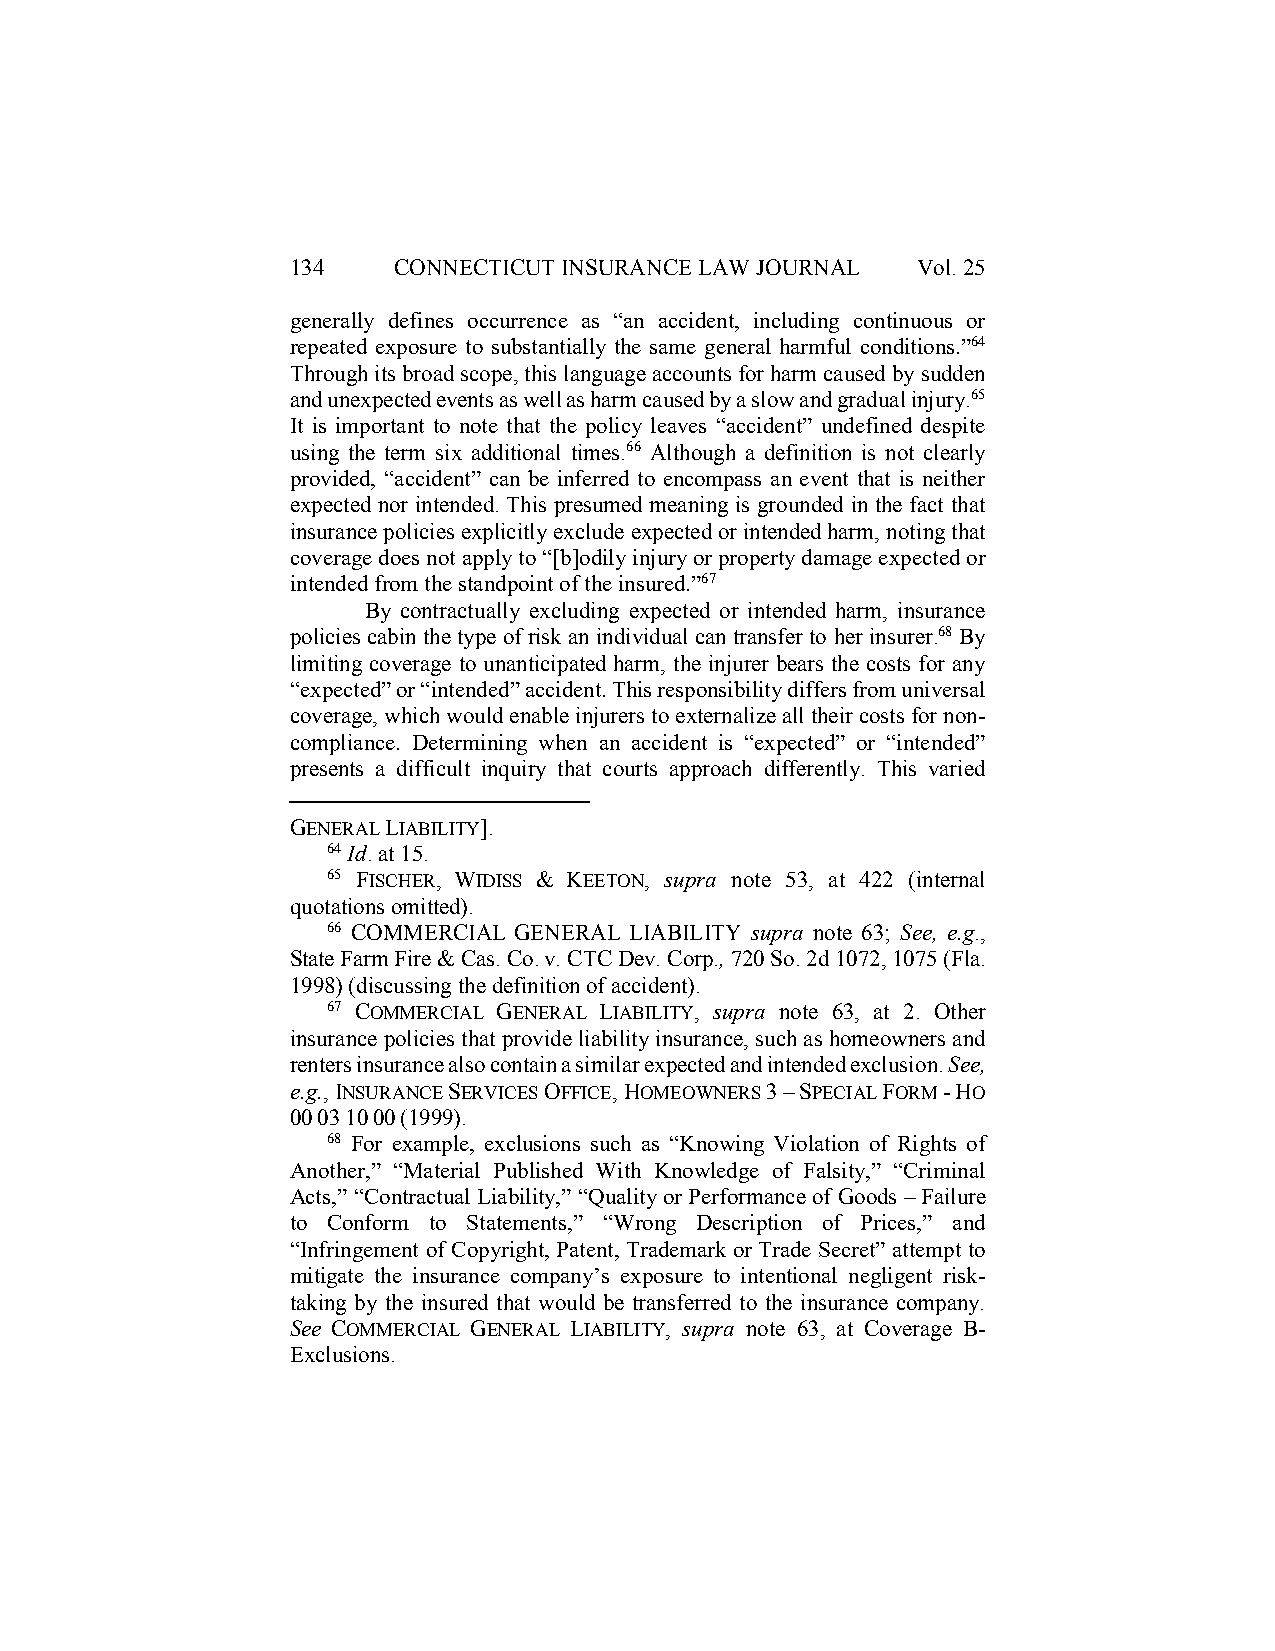
134    CONNECTICUT INSURANCE LAW JOURNAL  Vol. 25
 generally defines occurrence as “an accident, including continuous or
 repeated exposure to substantially the same general harmful conditions.”64
 Through its broad scope, this language accounts for harm caused by sudden
 and unexpected events as well as harm caused by a slow and gradual injury.65
 It is important to note that the policy leaves “accident” undefined despite
 using the term six additional times.66 Although a definition is not clearly
 provided, “accident” can be inferred to encompass an event that is neither
 expected nor intended. This presumed meaning is grounded in the fact that
 insurance policies explicitly exclude expected or intended harm, noting that
 coverage does not apply to “[b]odily injury or property damage expected or
 intended from the standpoint of the insured.”67
 By contractually excluding expected or intended harm, insurance
 policies cabin the type of risk an individual can transfer to her insurer.68 By
 limiting coverage to unanticipated harm, the injurer bears the costs for any
 “expected” or “intended” accident. This responsibility differs from universal
 coverage, which would enable injurers to externalize all their costs for non-
 compliance. Determining when an accident is “expected” or “intended”
 presents a difficult inquiry that courts approach differently. This varied
 GENERAL LIABILITY].
 64 Id. at 15.
 65 FISCHER, WIDISS & KEETON, supra note 53, at 422 (internal
 quotations omitted).
 66 COMMERCIAL GENERAL LIABILITY supra note 63; See, e.g.,
 State Farm Fire & Cas. Co. v. CTC Dev. Corp., 720 So. 2d 1072, 1075 (Fla.
 1998) (discussing the definition of accident).
 67 COMMERCIAL GENERAL LIABILITY, supra note 63, at 2. Other
 insurance policies that provide liability insurance, such as homeowners and
 renters insurance also contain a similar expected and intended exclusion. See,
 e.g., INSURANCE SERVICES OFFICE, HOMEOWNERS 3 – SPECIAL FORM - HO
 00 03 10 00 (1999).
 68 For example, exclusions such as “Knowing Violation of Rights of
 Another,” “Material Published With Knowledge of Falsity,” “Criminal
 Acts,” “Contractual Liability,” “Quality or Performance of Goods – Failure
 to Conform to Statements,” “Wrong Description of Prices,” and
 “Infringement of Copyright, Patent, Trademark or Trade Secret” attempt to
 mitigate the insurance company’s exposure to intentional negligent risk-
 taking by the insured that would be transferred to the insurance company.
 See COMMERCIAL GENERAL LIABILITY, supra note 63, at Coverage B-
 Exclusions.